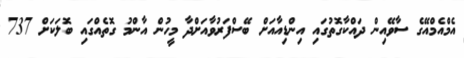
އެމްއެމްއޭގެ ސާވޭއިން ދައްކާގޮތުގައި އިންޑިއާއަށް ބޭސްފަރުވާއަށްދާ މީހުން އާންމު ގޮތެއްގައި ބޮލަކަށް 737